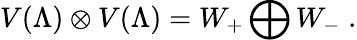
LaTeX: V(\Lambda)\otimes V(\Lambda)=W_{+}\bigoplus W_{-}\; .